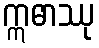
ဣဓာဿု